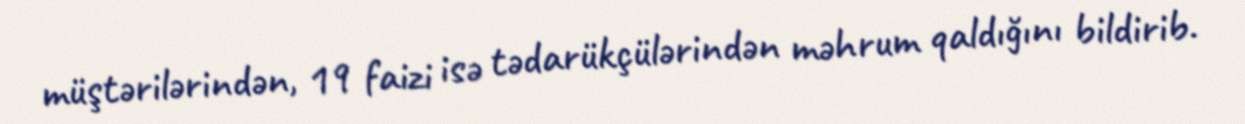
müştərilərindən, 19 faizi isə tədarükçülərindən məhrum qaldığını bildirib.